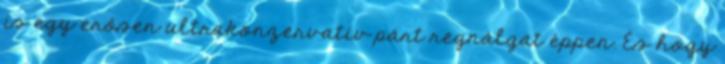
is egy erősen ultrakonzervatív párt regnálgat éppen. És hogy